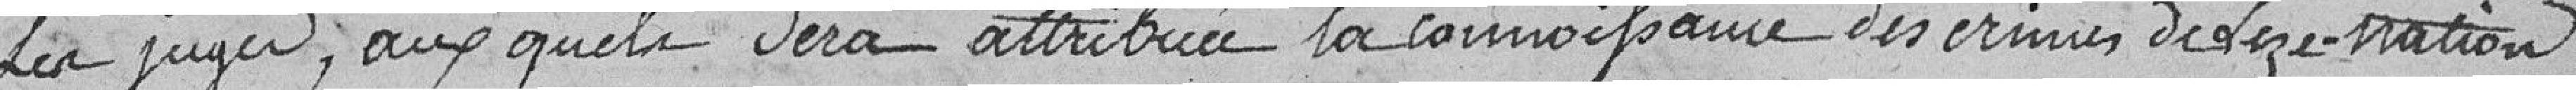
les juges, auxquels sera attribuée la connaissance des crimes de lèse-nation.